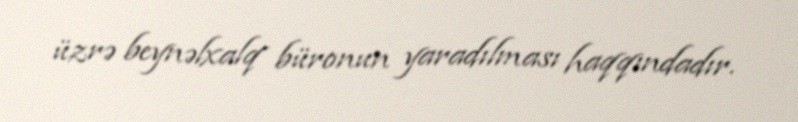
üzrə beynəlxalq büronun yaradılması haqqındadır.